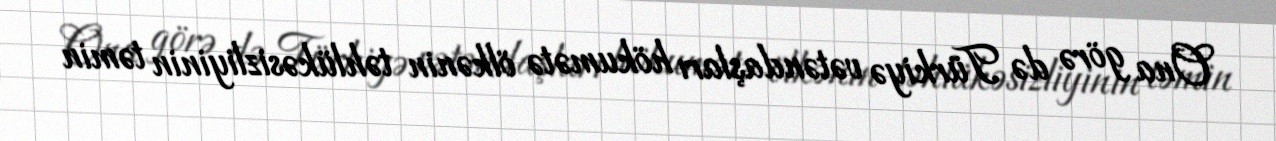
Ona görə də Türkiyə vətəndaşları hökumətə ölkənin təhlükəsizliyinin təmin